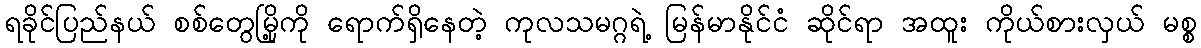
ရခိုင်ပြည်နယ် စစ်တွေမြို့ကို ရောက်ရှိနေတဲ့ ကုလသမဂ္ဂရဲ့ မြန်မာနိုင်ငံ ဆိုင်ရာ အထူး ကိုယ်စားလှယ် မစ္စ